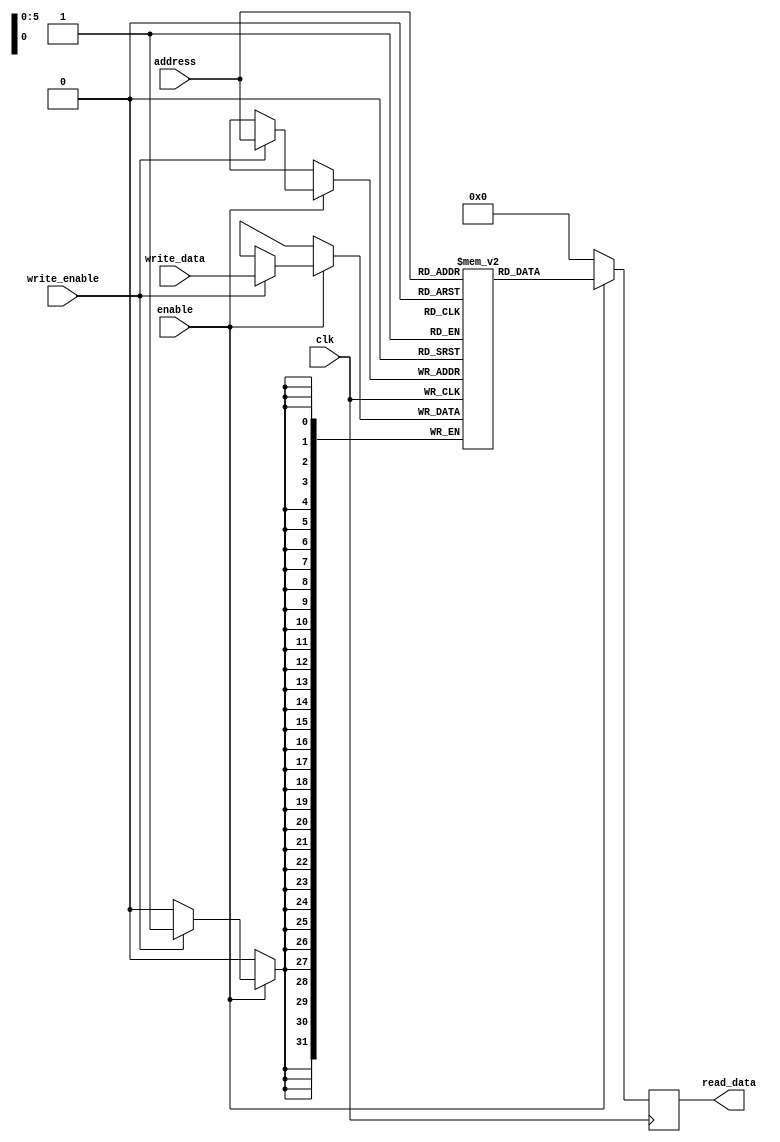
module MemoryBlocksShadowRegisterFile (
    input wire clk,
    input wire enable,
    input wire [5:0] address,
    input wire write_enable,
    input wire [31:0] write_data,
    output reg [31:0] read_data
);

reg [31:0] shadow_registers [0:63];

always @ (posedge clk) begin
    if (enable) begin
        if (write_enable) begin
            shadow_registers[address] <= write_data;
        end
        read_data <= shadow_registers[address];
    end else begin
        read_data <= 32'h00000000;
    end
end

endmodule